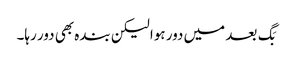
بَگ بعد میں دور ہوا لیکن بندہ بھی دور رہا۔